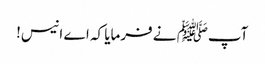
آپﷺ نے فرمایا کہ اے انیس!